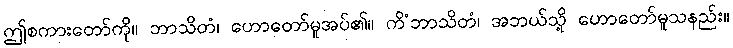
ဤစကားတော်ကို။ ဘာသိတံ၊ ဟောတော်မူအပ်၏။ ကိံဘာသိတံ၊ အဘယ်သို့ ဟောတော်မူသနည်း။